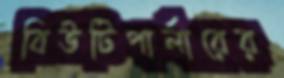
বিউটিপার্লারের